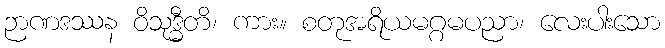
ဉာဏဒဿန ဝိသုဒ္ဓီတိ၊ ကား။ စတုအရိယမဂ္ဂမပညာ၊ လေးပါးသော